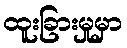
ထူးခြားမှုမှာ